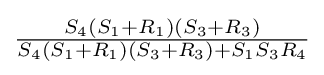
{\tfrac {S_{4}(S_{1}+R_{1})(S_{3}+R_{3})}{S_{4}(S_{1}+R_{1})(S_{3}+R_{3})+S_{1}S_{3}R_{4}}}